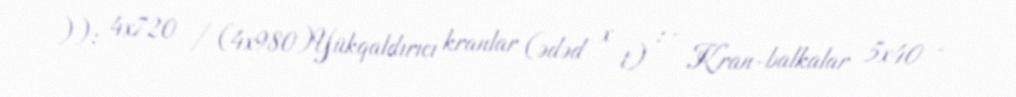
)): 4x720 / (4x980)Yükqaldırıcı kranlar (ədəd x t) : - Kran-balkalar 5x40 -